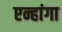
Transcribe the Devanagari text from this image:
एन्हांगा